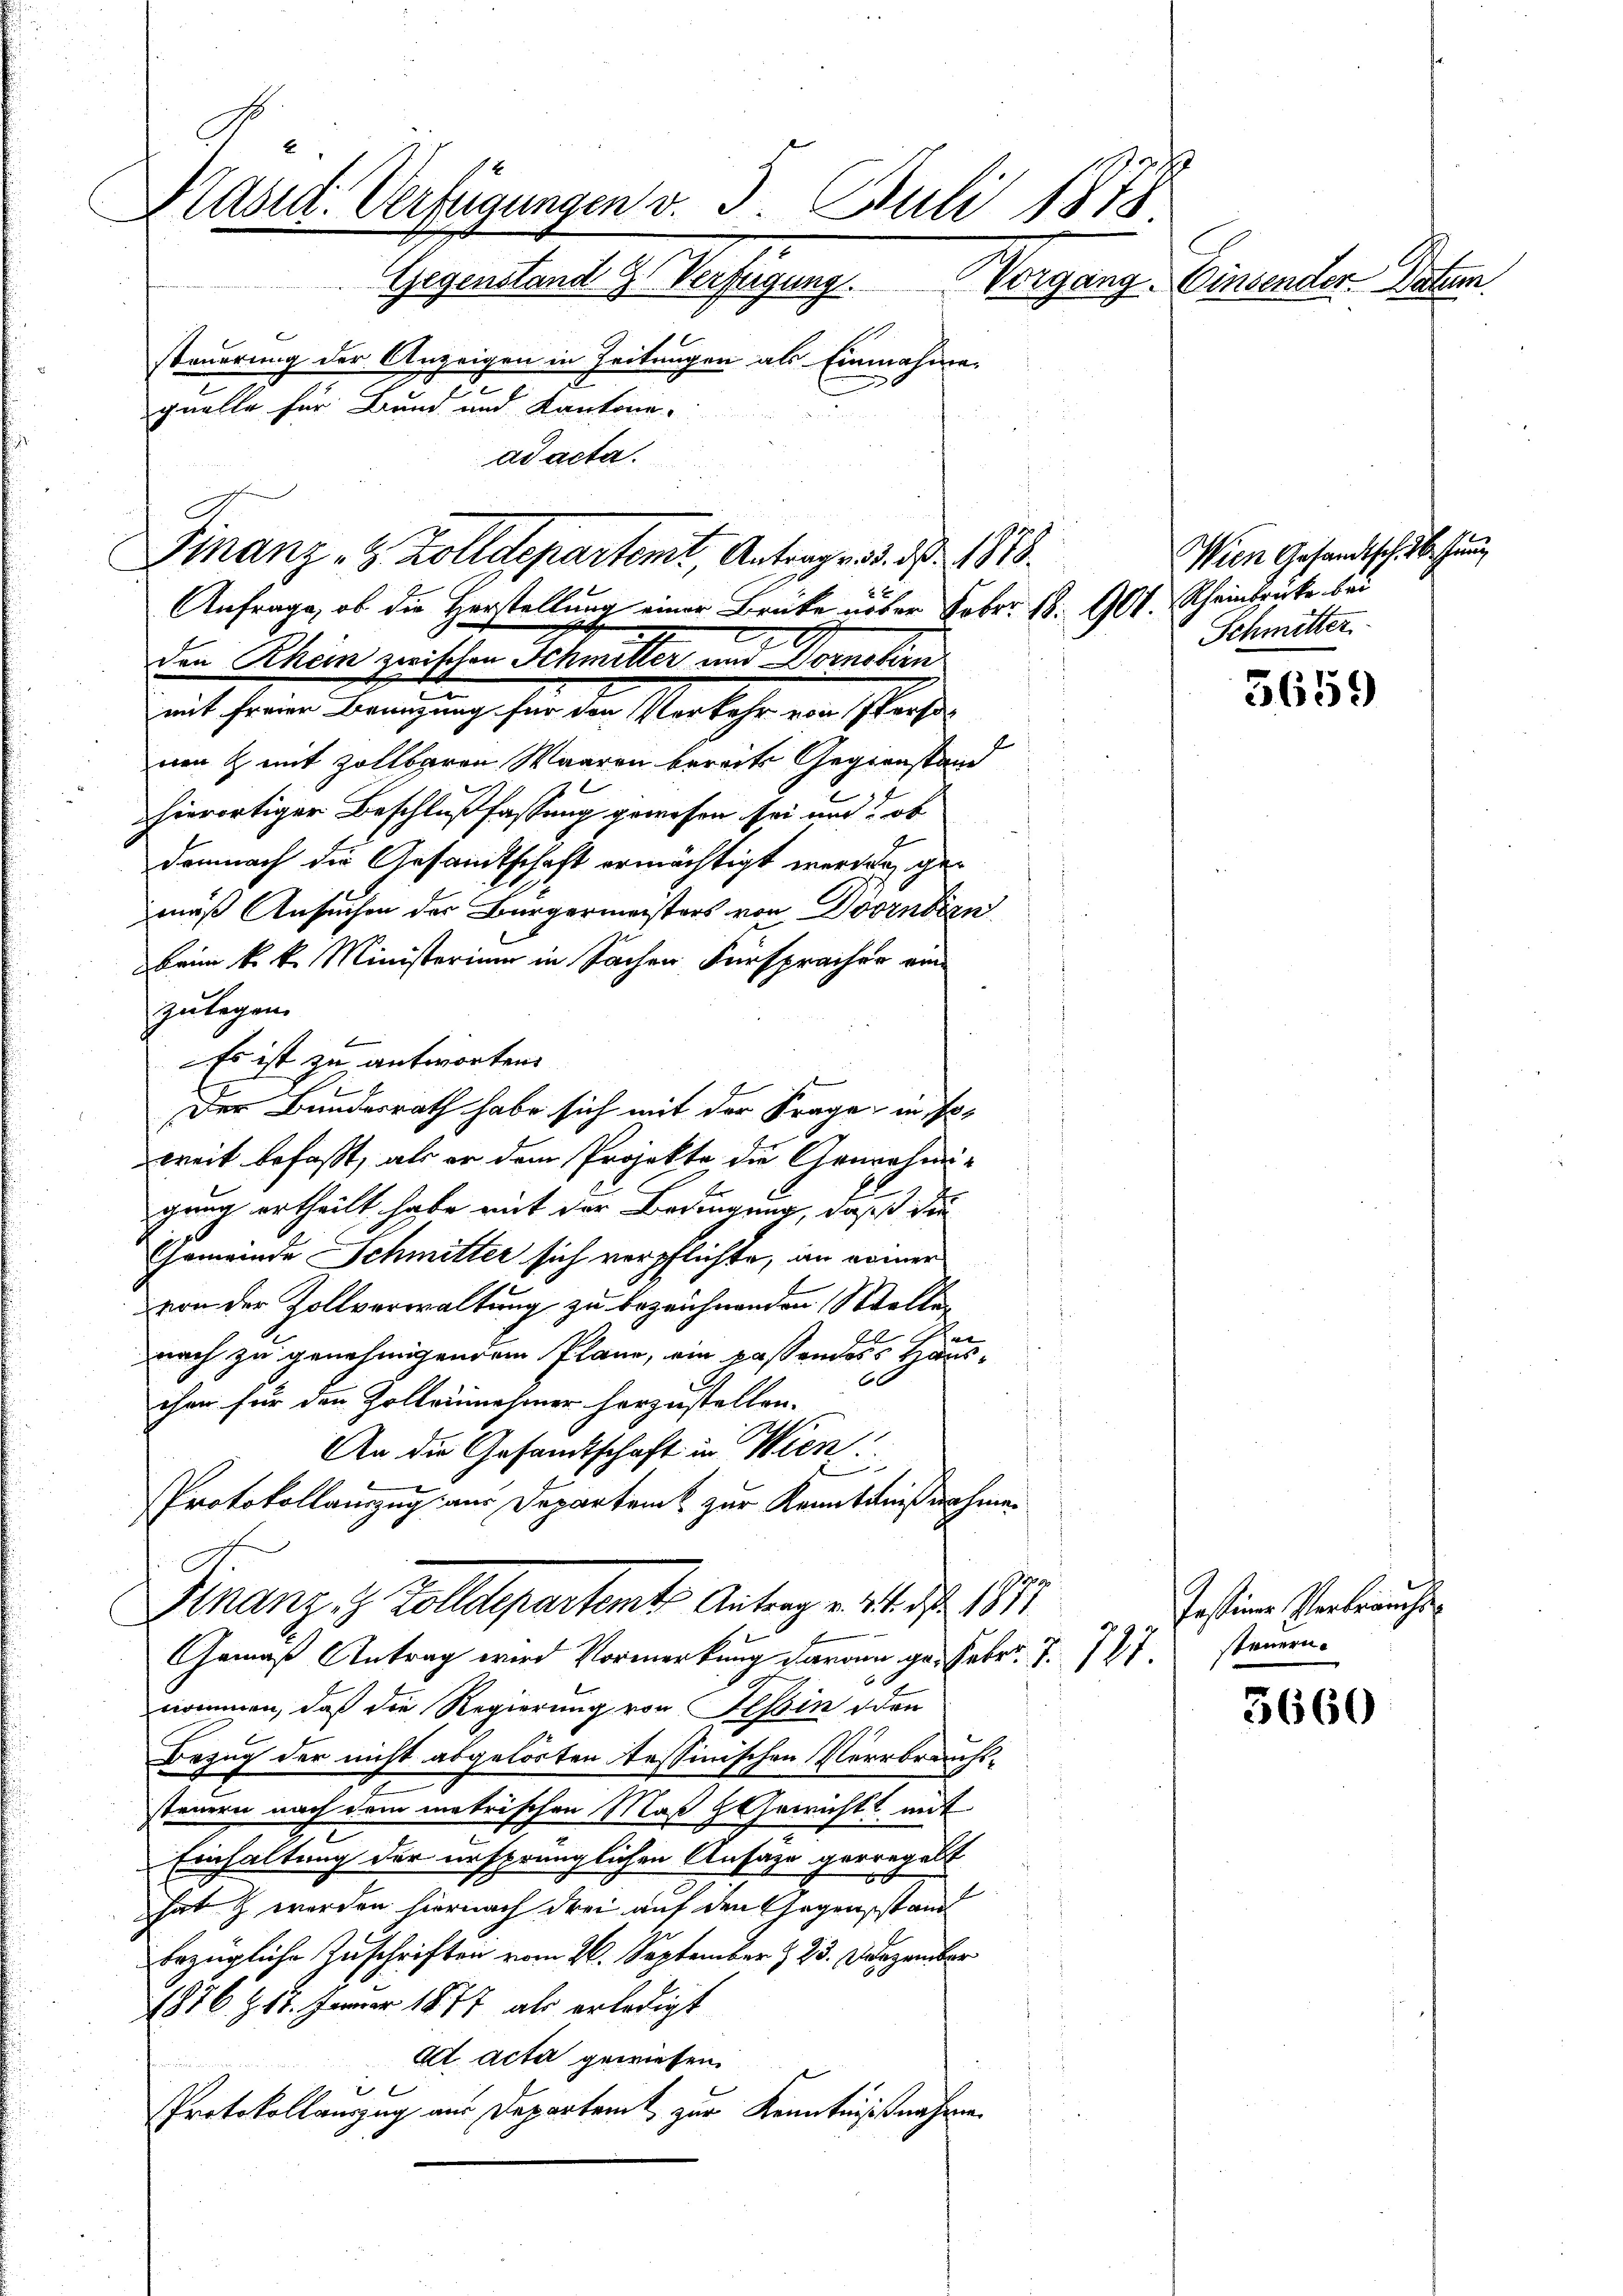
Präsid. Verfügungen v. 3. Juli 1878
Gegenstand 2. Verfügung. Vorgang. Einsender-Patum.
steuerung der Anzeigen in Zeitungen als Einnahme
2
quelle für Bund und Kantone
ad acta.

Finanz- & Zolldepartemt, Antrage d. d. 1878.
x
Anfrage, ob die Herstellung einer Brücke nober Febr. 18. 901.

e
den Rhein zwischen Schmitter und Dornobirn
it herren Bemühung für den Verkehr ein sprachte
nen & mit Zollbaren Waaren bereits Gegenstand
.
hierortiger Beschlußfassung gewesen sei mit: ob
demnach die Gesamtschaft ermächtigt werden, gemäß Ansuchen der Bürgermeisters von Dornbirn
Beim k. k. Ministerium in Sachen Fürspracher ein
zulegen.
Es ist zu antworten.
Der Bundesrath habe sich mit der Frage in soweit befaßt, als er dem Projekte die Genehmigung ertheilt habe mit der Bedingung, daß die
Gemeinde Schmitter sich verpflichte, an einer
von der Zollverwaltung zu bezeichnenden Stellen
nach zu genehmigendem Plane, ein passendass Haus-
60
chen für den Zolleinnehmer herzustellen.
An die Gesandtschaft in Wien
Protokollauszug aus Departem zur Kenntnißnahme.
i
Finanz- & Zolldepartamt Antrag v. 24. d. 1811
Gemäß Antrag wird Vormerkung daran ge. Febr. S. 787 steuern
nommen, daß die Regierung von Tessin den
Bezug der nicht abgelösten Tessinischen Verroraufssteuern nach dem matrischen Maß h Gericht mit
Einhaltung der ursprünglichen Ansage gerregelt
20
hat & werden hiernach drei auf den Gegensstan
bezügliche Zuschriften vom 26. September & 23. darüber
1876 Z. 17. Jänner 1877 als erledigt
dt. acta gewiesen.
Protokollanzug aus Departamt zur Kenntnißnahme

Wien Gesandtsch.
Rheinbrücke bei
Schmitter

5659

Testine Verbräuche

3660

hun